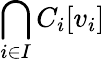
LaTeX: \bigcap_{i\in I}C_{i}[v_{i}]